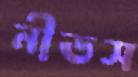
নীডস